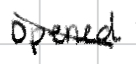
Text: opened
Cross-out: diagonal
Writing tool: digital_black